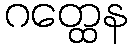
ဂတ္ထေန